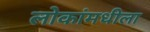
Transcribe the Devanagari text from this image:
लोकांमधीला